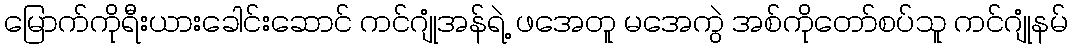
မြောက်ကိုရီးယားခေါင်းဆောင် ကင်ဂျုံအန်ရဲ့ ဖအေတူ မအေကွဲ အစ်ကိုတော်စပ်သူ ကင်ဂျုံနမ်